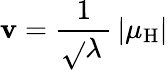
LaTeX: \mathbf{v}={\frac{{1}}{{\sqrt{}{{\lambda\, }}}}}\left|\mu_{\mathrm{{H}}}\right|